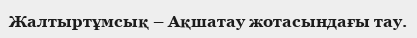
Жалтыртұмсық – Ақшатау жотасындағы тау.